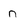
Character: n